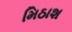
મિઠાશ